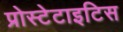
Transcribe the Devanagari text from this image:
प्रोस्टेटाइटिस